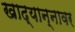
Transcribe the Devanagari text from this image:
खाद्यान्नावर